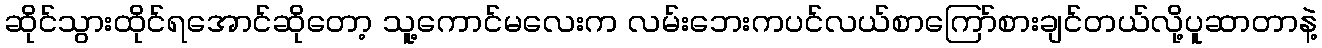
ဆိုင်သွားထိုင်ရအောင်ဆိုတော့ သူ့ကောင်မလေးက လမ်းဘေးကပင်လယ်စာကြော်စားချင်တယ်လို့ပူဆာတာနဲ့